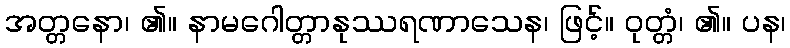
အတ္တနော၊ ၏။ နာမဂေါတ္တာနုဿရဏာသေန၊ ဖြင့်။ ဝုတ္တံ၊ ၏။ ပန၊